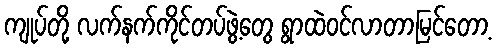
ကျုပ်တို့ လက်နက်ကိုင်တပ်ဖွဲ့တွေ ရွာထဲဝင်လာတာမြင်တော့